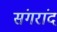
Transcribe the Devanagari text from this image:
संगरांद